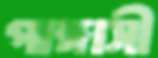
পাঙ্গাসী